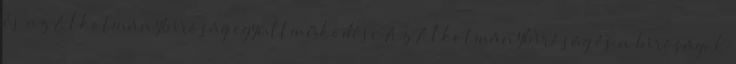
és az Alkotmánybíróság együttműködése Az Alkotmánybíróság és a bíróságok